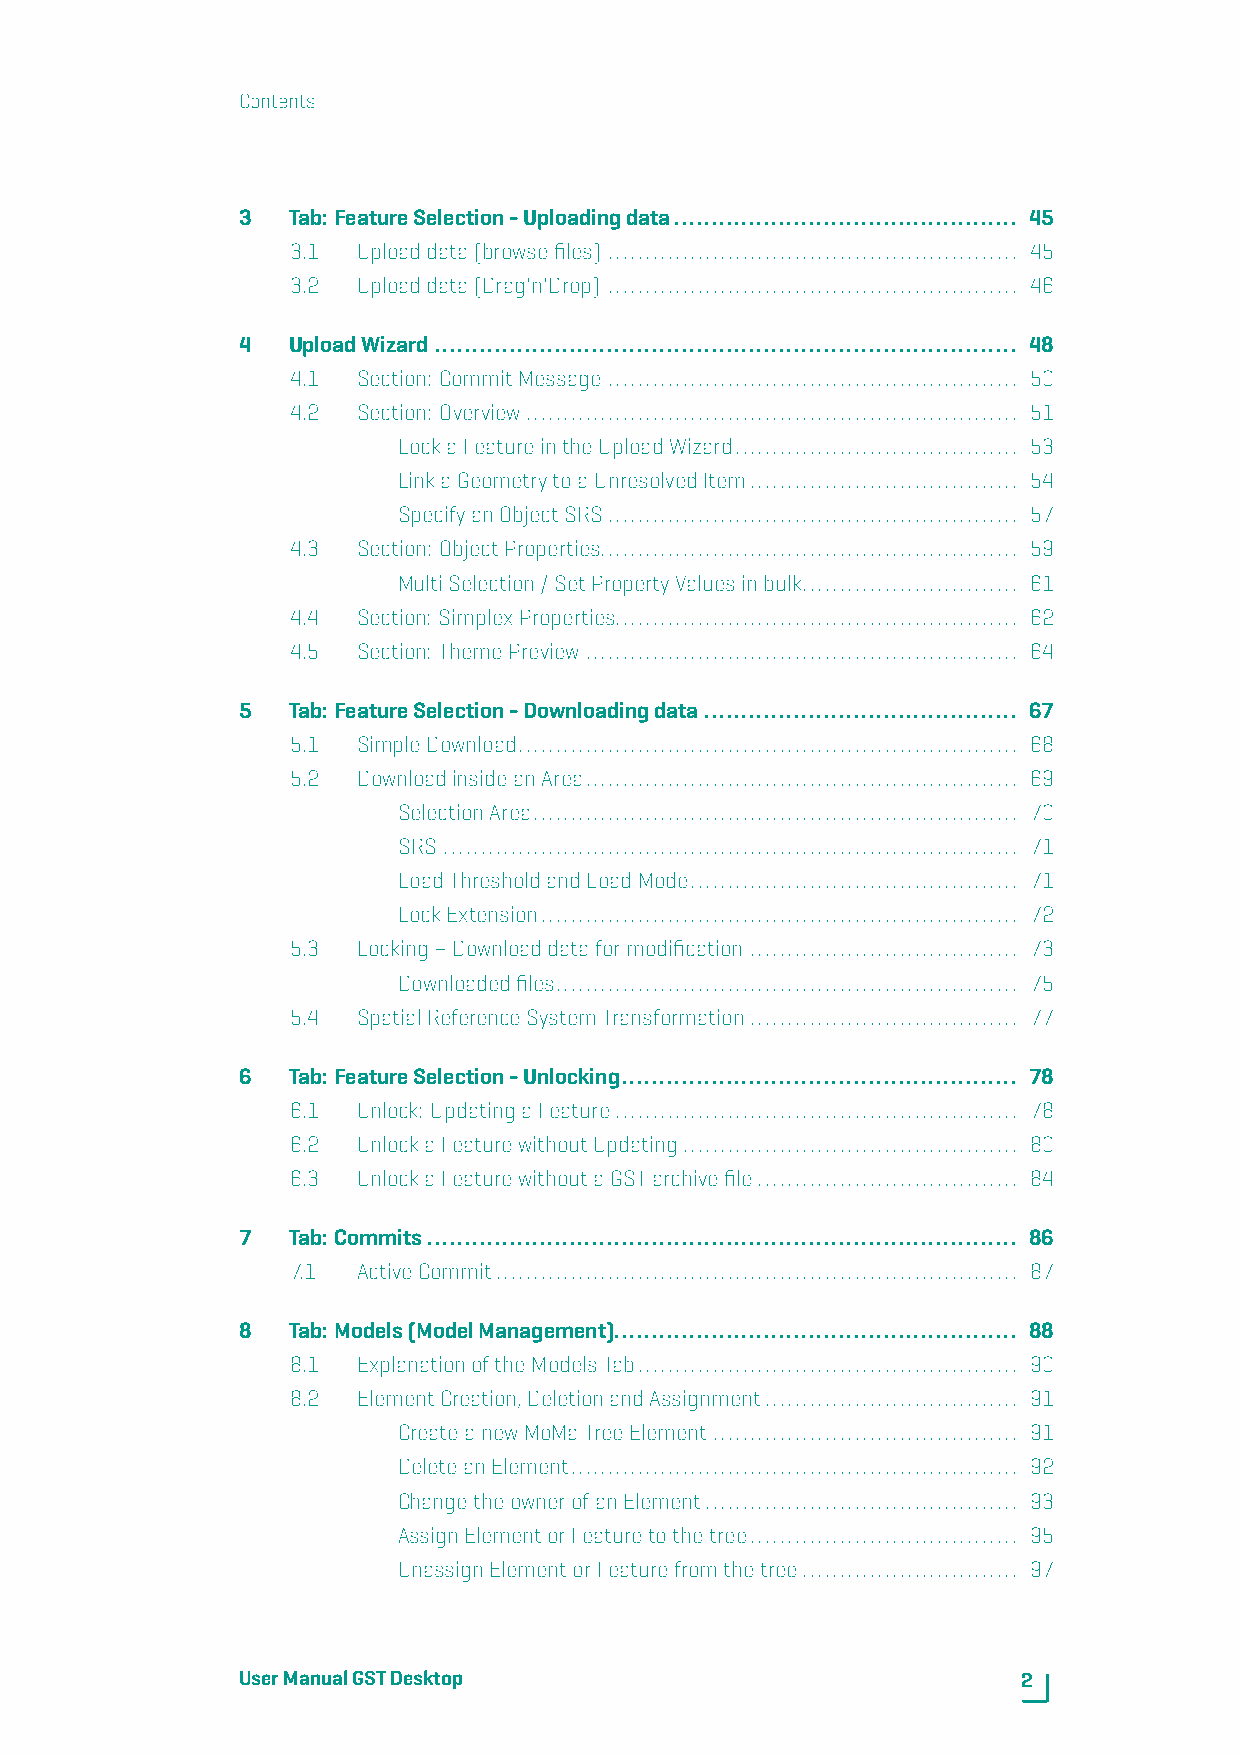
Contents
 3  Tab:FeatureSelection-Uploadingdata.............................................. 45
 3.1  Uploaddata(browsefiles) ....................................................... 45
 3.2  Uploaddata(Drag'n'Drop) ....................................................... 46
 4  UploadWizard .............................................................................. 48
 4.1  Section: CommitMessage ....................................................... 50
 4.2  Section: Overview.................................................................. 51
 LockaFeatureintheUploadWizard...................................... 53
 LinkaGeometrytoaUnresolvedItem.................................... 54
 SpecifyanObjectSRS....................................................... 57
 4.3  Section: ObjectProperties........................................................ 59
 MultiSelection/SetPropertyValuesinbulk............................. 61
 4.4  Section: SimplexProperties...................................................... 62
 4.5  Section: ThemePreview .......................................................... 64
 5  Tab:FeatureSelection-Downloadingdata.......................................... 67
 5.1  SimpleDownload................................................................... 68
 5.2  DownloadinsideanArea.......................................................... 69
 SelectionArea................................................................. 70
 SRS ............................................................................. 71
 LoadThresholdandLoadMode............................................ 71
 LockExtension................................................................ 72
 5.3  Locking–Downloaddataformodification .................................... 73
 Downloadedfiles.............................................................. 75
 5.4  SpatialReferenceSystemTransformation.................................... 77
 6  Tab:FeatureSelection-Unlocking..................................................... 78
 6.1  Unlock: UpdatingaFeature...................................................... 78
 6.2  UnlockaFeaturewithoutUpdating............................................. 80
 6.3  UnlockaFeaturewithoutaGSTarchivefile................................... 84
 7  Tab:Commits............................................................................... 86
 7.1  ActiveCommit...................................................................... 87
 8  Tab:Models(ModelManagement)...................................................... 88
 8.1  ExplanationoftheModelsTab................................................... 90
 8.2  ElementCreation,DeletionandAssignment.................................. 91
 CreateanewMoMaTreeElement......................................... 91
 DeleteanElement............................................................ 92
 ChangetheownerofanElement.......................................... 93
 AssignElementorFeaturetothetree.................................... 95
 UnassignElementorFeaturefromthetree............................. 97
 UserManualGSTDesktop                                2